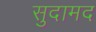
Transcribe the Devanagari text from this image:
सुदामद